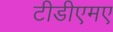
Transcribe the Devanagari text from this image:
टीडीएमए